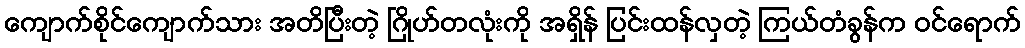
ကျောက်စိုင်ကျောက်သား အတိပြီးတဲ့ ဂြိုဟ်တလုံးကို အရှိန် ပြင်းထန်လှတဲ့ ကြယ်တံခွန်က ဝင်ရောက်